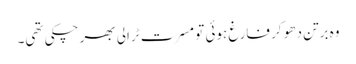
وہ برتن دھو کر فارغ ہوئی تو مسرت ٹرالی بھر چکی تھی۔